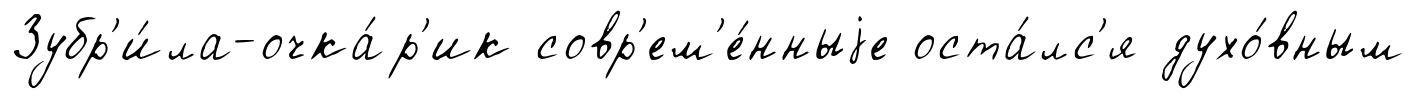
Зубр'и́ла-очка́р'ик совр'ем'е́нныjе оста́лс'я духо́вным